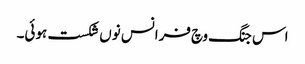
اس جنگ وچ فرانس نوں شکست ہوئی۔